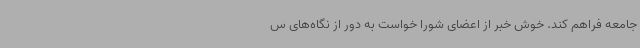
جامعه فراهم کند. خوش خبر از اعضای شورا خواست به دور از نگاه‌های س